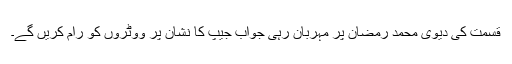
قسمت کی دیوی محمد رمضان پر مہربان رہی جواب جیپ کا نشان پر ووٹروں کو رام کریں گے۔